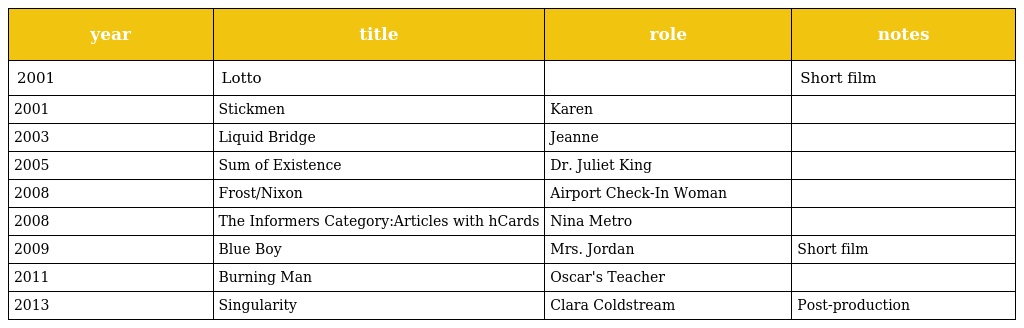
| year | title | role | notes |
 | --- | --- | --- | --- |
 | 2001 | Lotto |  | Short film |
 | 2001 | Stickmen | Karen |  |
 | 2003 | Liquid Bridge | Jeanne |  |
 | 2005 | Sum of Existence | Dr. Juliet King |  |
 | 2008 | Frost/Nixon | Airport Check-In Woman |  |
 | 2008 | The Informers Category:Articles with hCards | Nina Metro |  |
 | 2009 | Blue Boy | Mrs. Jordan | Short film |
 | 2011 | Burning Man | Oscar's Teacher |  |
 | 2013 | Singularity | Clara Coldstream | Post-production |